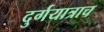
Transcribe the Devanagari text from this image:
दुर्गयात्राच